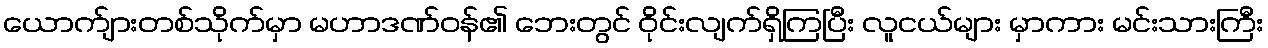
ယောက်ျားတစ်သိုက်မှာ မဟာဒဏ်ဝန်၏ ဘေးတွင် ဝိုင်းလျက်ရှိကြပြီး လူငယ်များ မှာကား မင်းသားကြီး